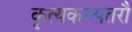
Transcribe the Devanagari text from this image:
कृत्यकल्पतरौ